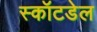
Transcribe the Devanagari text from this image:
स्कॉटडेल